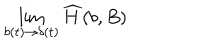
LaTeX: \lim _ { b ( t ) \to \delta ( t ) } { \widehat H } ( b , B )